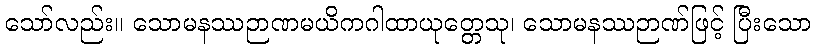
သော်လည်း။ သောမနဿဉာဏမယိကဂါထာယုတ္တေသု၊ သောမနဿဉာဏ်ဖြင့် ပြီးသော